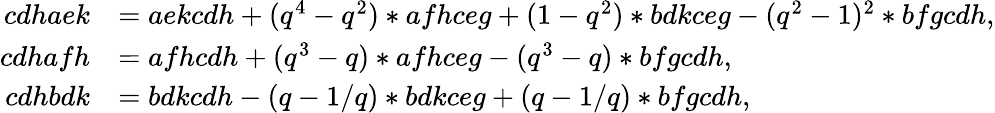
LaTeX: \begin{array}{rl}{cdhaek}&{=aekcdh+(q^{4}-q^{2})*afhceg+(1-q^{2})*bdkceg-(q^{2}-1)^{2}*bfgcdh,}\\ {cdhafh}&{=afhcdh+(q^{3}-q)*afhceg-(q^{3}-q)*bfgcdh,}\\ {cdhbdk}&{=bdkcdh-(q-1/q)*bdkceg+(q-1/q)*bfgcdh,}\end{array}